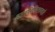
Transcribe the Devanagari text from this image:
हस्तलिखिताव्दारे